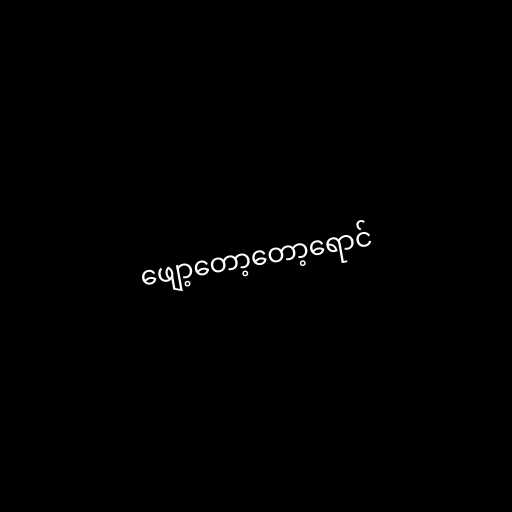
ဖျော့တော့တော့ရောင်